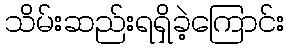
သိမ်းဆည်းရရှိခဲ့ကြောင်း